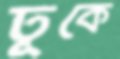
ঢূকে